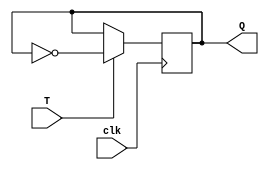
module t_flip_flop (
    input T,
    input clk,
    output reg Q
);

always @(posedge clk) begin
    if (T) begin
        Q <= ~Q;
    end
end

endmodule